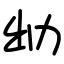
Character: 㔘